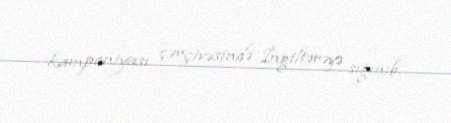
kampaniyası çərçivəsində İngiltərəyə sığınıb.